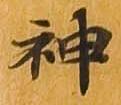
神